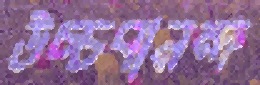
উচ্চবানন্দ